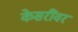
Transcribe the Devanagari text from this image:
केसरींवर